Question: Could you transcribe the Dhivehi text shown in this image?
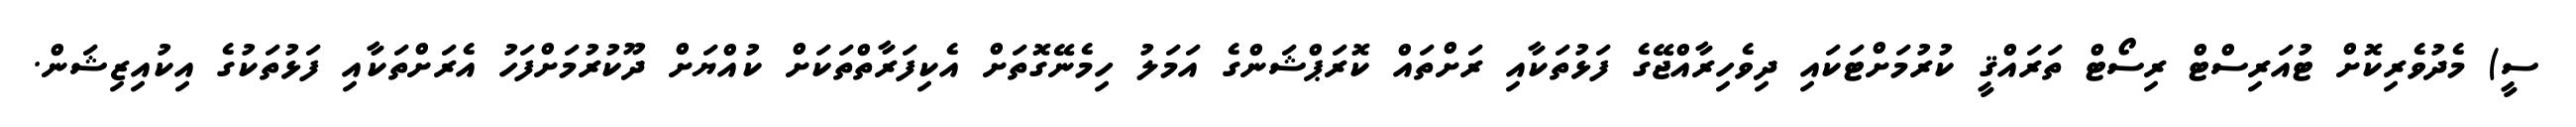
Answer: ސީ) މެދުވެރިކޮށް ޓުއަރިސްޓް ރިސޯޓް ތަރައްޤީ ކުރުމަށްޓަކައި ދިވެހިރާއްޖޭގެ ފަޅުތަކާއި ރަށްތައް ކޮރަޕްޝަންގެ އަމަލު ހިމެނޭގޮތަށް އެކިފަރާތްތަކަށް ކުއްޔަށް ދޫކުރުމަށްފަހު އެރަށްތަކާއި ފަޅުތަކުގެ އިކުއިޒިޝަން.